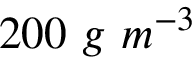
2 0 0 \ g \ m ^ { - 3 }